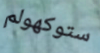
ستوكهولم